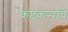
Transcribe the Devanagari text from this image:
कष्टकर्‍यांचे